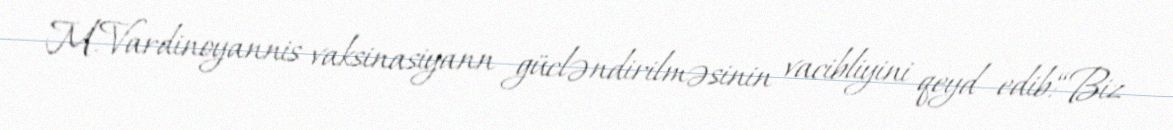
M.Vardinoyannis vaksinasiyann gücləndirilməsinin vacibliyini qeyd edib:“Biz